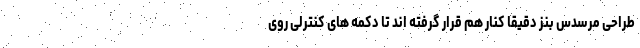
طراحی مرسدس بنز دقیقا کنار هم قرار گرفته اند تا دکمه های کنترلی روی